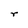
Character: r